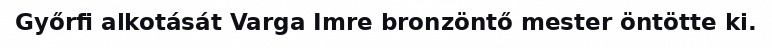
Győrfi alkotását Varga Imre bronzöntő mester öntötte ki.